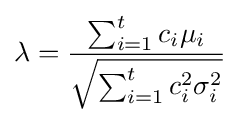
\lambda ={\frac {\sum _{i=1}^{t}c_{i}\mu _{i}}{\sqrt {\sum _{i=1}^{t}c_{i}^{2}\sigma _{i}^{2}}}}